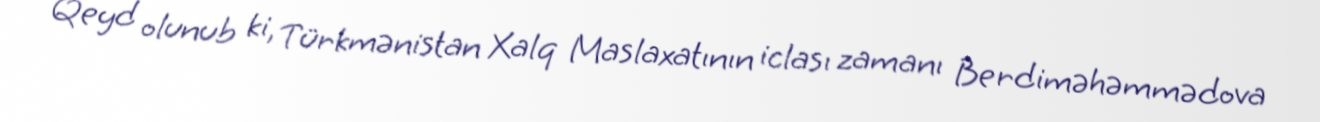
Qeyd olunub ki, Türkmənistan Xalq Maslaxatının iclası zamanı Berdiməhəmmədova